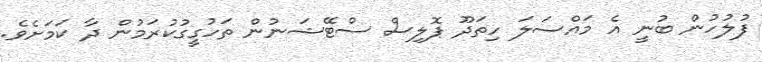
ފުލުހުން ބުނީ އެ މައްސަލަ ހިތަދޫ ޕޮލިސް ސްޓޭޝަނުން ތަހުގީގުކުރަމުން ދާ ކަމަށެވެ.